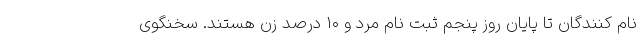
نام کنندگان تا پایان روز پنجم ثبت نام مرد و ۱۰ درصد زن هستند. سخنگوی